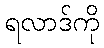
ရလာဒ်ကို